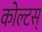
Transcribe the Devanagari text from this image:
कोल्टस्